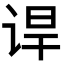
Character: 𬣸